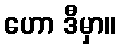
ဟော ဒီမှာ။